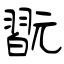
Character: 翫